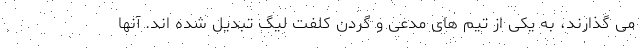
می گذارند، به یکی از تیم های مدعی و گردن کلفت لیگ تبدیل شده اند. آنها